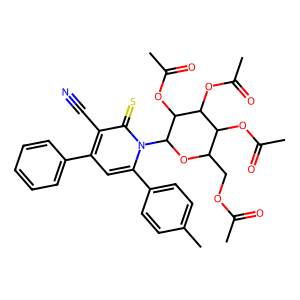
SMILES: CC(=O)OCC1OC(n2c(-c3ccc(C)cc3)cc(-c3ccccc3)c(C#N)c2=S)C(OC(C)=O)C(OC(C)=O)C1OC(C)=O
Inhibits HIV replication: No